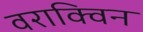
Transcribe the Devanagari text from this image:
वराक्विन